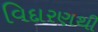
વિદારણથી